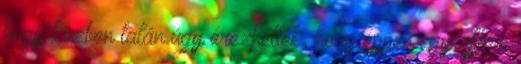
hogy közben talán úgy érezhették, hogy éppen egy afféle